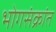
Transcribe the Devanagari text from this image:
भोगसंक्रांत